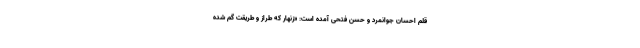
قلم احسان جوانمرد و حسن فتحی آمده است: «زنهار که طراز و طریقت گم شده